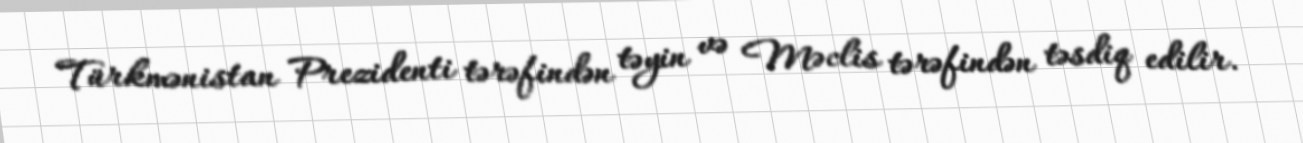
Türkmənistan Prezidenti tərəfindən təyin və Məclis tərəfindən təsdiq edilir.